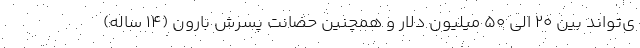
ی‌تواند بین ۲۰ الی ۵۰ میلیون دلار و همچنین حضانت پسرش بارون (۱۴ ساله)